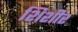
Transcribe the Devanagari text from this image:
शिशीर